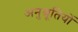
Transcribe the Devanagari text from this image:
अनुश्रूतियों